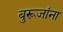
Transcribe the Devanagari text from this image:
बुरूजांना